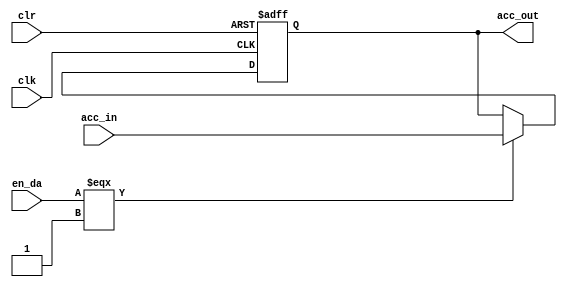
module acc(
	  clk,
	  clr,
	  acc_in,
	  acc_out,
	  en_da
	  );
  
   input wire clk;
   input wire clr;
   input wire [7:0] acc_in;
   input wire 	    en_da;
   
   output  reg [7:0] acc_out;
     
   always @(posedge clk or negedge clr)
     begin
	if( clr  === 1'b0)
	  begin
	     acc_out <= 'h0;
	  end
	else if(en_da === 1'b1)
	  begin
	     acc_out <= acc_in;
	  end
     end // always @ (posedge clk or negedge clr)
   
endmodule // acc